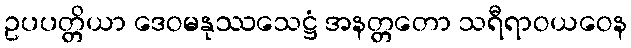
ဥပပတ္တိယာ ဒေဝမနုဿသေဋ္ဌံ အနတ္တတော သရီရာဝယဝေန